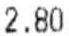
2.80